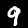
Label: 9